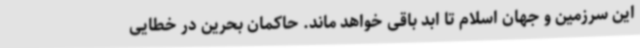
این سرزمین و جهان اسلام تا ابد باقی خواهد ماند. حاکمان بحرین در خطایی